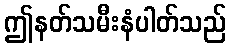
ဤနတ်သမီးနံပါတ်သည်